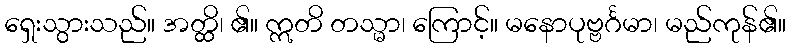
ရှေးသွားသည်။ အတ္ထိ၊ ၏။ ဣတိ တသ္မာ၊ ကြောင့်။ မနောပုဗ္ဗင်္ဂမာ၊ မည်ကုန်၏။